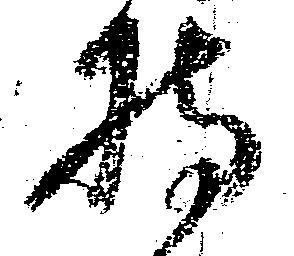
持